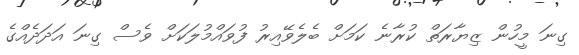
ގިނަ މީހުން ޒިޔާރަތް ކުރާނެ ކަމަށް ބެލެވޭއިރު ފުވައްމުލަކަށް ވެސް ގިނަ އަދަދެއްގެ